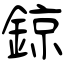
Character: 鍄